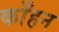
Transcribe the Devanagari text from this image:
काँहन